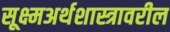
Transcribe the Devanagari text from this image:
सूक्ष्मअर्थशास्त्रावरील